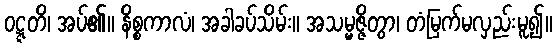
ဝဋ္ဋတိ၊ အပ်၏။ နိစ္စကာလံ၊ အခါခပ်သိမ်း။ အသမ္မဇ္ဇိတွာ၊ တံမြက်မလှည်းမူ၍။